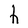
Character: h